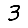
Digit: 3